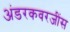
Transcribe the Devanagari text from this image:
अंडरकवरजींस